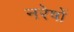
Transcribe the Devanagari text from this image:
नरेषों